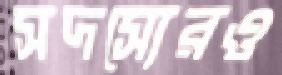
সদস্যেরও